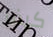
كيف